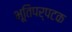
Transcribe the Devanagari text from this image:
भूतिपर्पटक